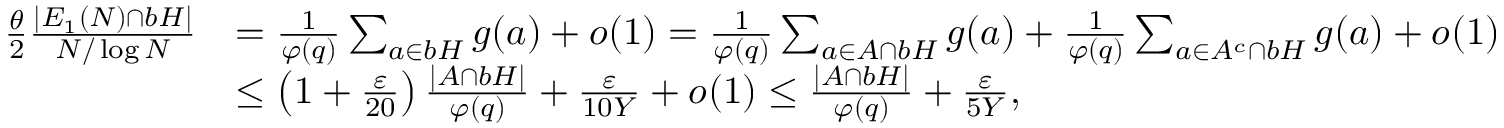
\begin{array} { r l } { \frac { \theta } { 2 } \frac { | E _ { 1 } ( N ) \cap b H | } { N / \log N } } & { = \frac { 1 } { \varphi ( q ) } \sum _ { a \in b H } g ( a ) + o ( 1 ) = \frac { 1 } { \varphi ( q ) } \sum _ { a \in A \cap b H } g ( a ) + \frac { 1 } { \varphi ( q ) } \sum _ { a \in A ^ { c } \cap b H } g ( a ) + o ( 1 ) } \\ & { \leq \left( 1 + \frac { \varepsilon } { 2 0 } \right) \frac { | A \cap b H | } { \varphi ( q ) } + \frac { \varepsilon } { 1 0 Y } + o ( 1 ) \leq \frac { | A \cap b H | } { \varphi ( q ) } + \frac { \varepsilon } { 5 Y } , } \end{array}